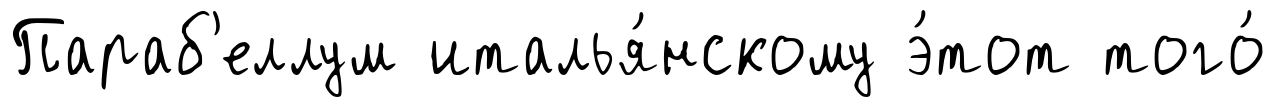
Параб'еллум италья́нскому э́тот того́